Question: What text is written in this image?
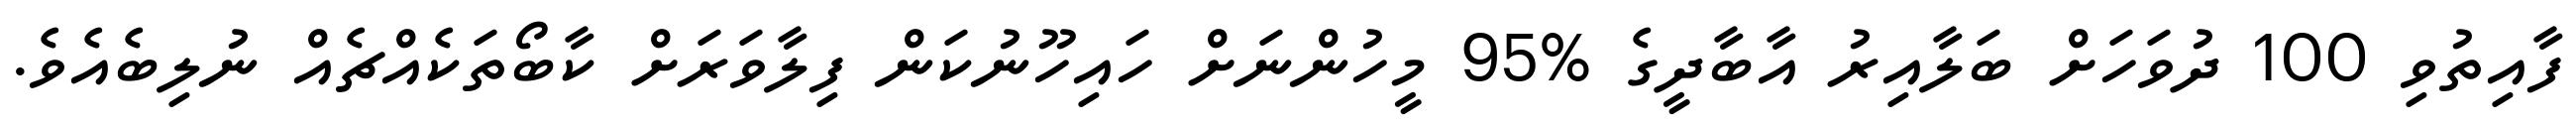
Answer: ފާއިތުވި 100 ދުވަހަށް ބަލާއިރު އާބާދީގެ %95 މީހުންނަށް ހައިހޫނުކަން ފިލާވަރަށް ކާބޯތަކެއްޗެއް ނުލިބެއެވެ.